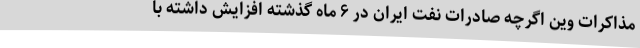
مذاکرات وین اگرچه صادرات نفت ایران در ۶ ماه گذشته افزایش داشته با